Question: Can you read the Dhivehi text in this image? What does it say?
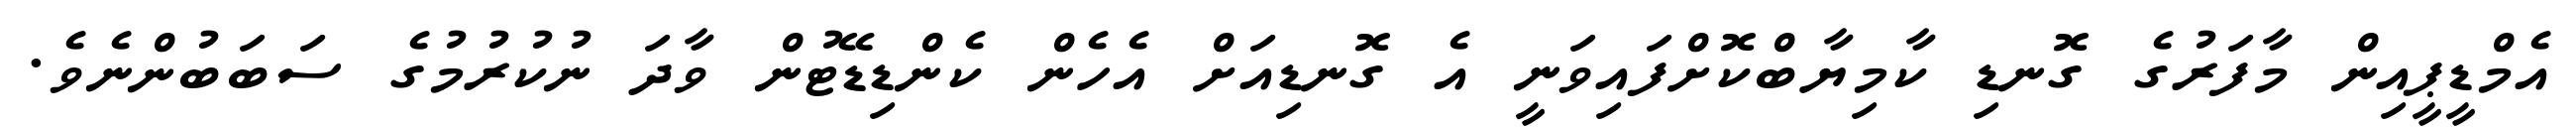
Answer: އެމްޑީޕީއިން މާފަރުގެ ގޮނޑި ކާމިޔާބްކޮށްފައިވަނީ އެ ގޮނޑިއަށް އެހެން ކެންޑިޑޭޓުން ވާދަ ނުކުރުމުގެ ސަބަބުންނެވެ.